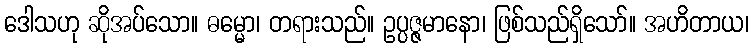
ဒေါသဟု ဆိုအပ်သော။ ဓမ္မော၊ တရားသည်။ ဥပ္ပဇ္ဇမာနော၊ ဖြစ်သည်ရှိသော်။ အဟိတာယ၊